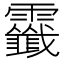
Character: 𩆷